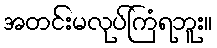
အတင်းမလုပ်ကြံရဘူး။